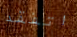
اتفقد